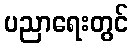
ပညာရေးတွင်